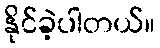
နိုင်ခဲ့ပါတယ်။